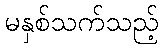
မနှစ်သက်သည့်